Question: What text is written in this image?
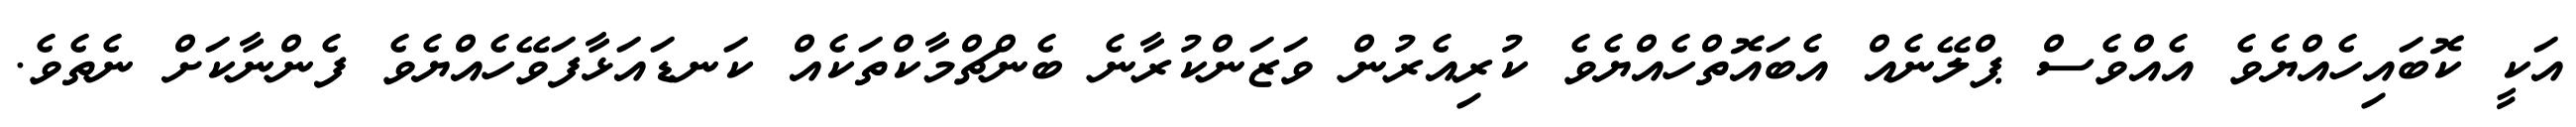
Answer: އަކީ ކޮބައިހެއްޔެވެ އެއްވެސް ޕްލޭނެއް އެބައޮތްހެއްޔެވެ ކުރިއެރުން ވަޒަންކުރާނެ ބެންޗްމާކްތަކެއް ކަނޑައަޅާފަވޭހެއްޔެވެ ފެންނާކަށް ނެތެވެ.